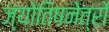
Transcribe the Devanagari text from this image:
ज्योतिषनेत्रों